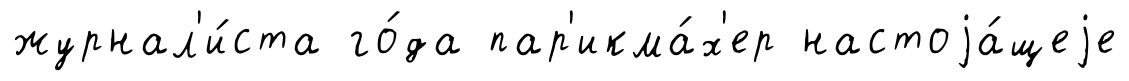
журнал'и́ста го́да пар'икма́х'ер настоjа́щеjе